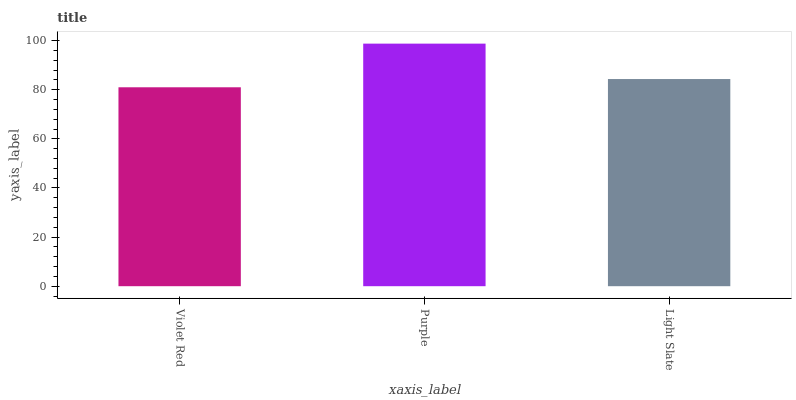
| xaxis_label | bars |
 | --- | --- |
 | Violet Red | 81 |
 | Purple | 98.8 |
 | Light Slate | 84.4 |